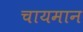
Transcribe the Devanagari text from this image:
चायमान